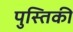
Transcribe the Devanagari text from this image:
पुस्तिकी